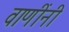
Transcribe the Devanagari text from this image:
वाणींनी